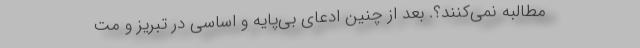
مطالبه نمی‌کنند؟. بعد از چنین ادعای بی‌پایه و اساسی در تبریز و مت